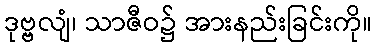
ဒုဗ္ဗလျံ၊ သာဇီဝ၌ အားနည်းခြင်းကို။